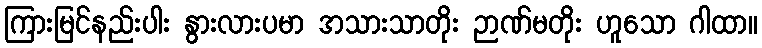
ကြားမြင်နည်းပါး နွားလားပမာ အသားသာတိုး ဉာဏ်မတိုး ဟူသော ဂါထာ။